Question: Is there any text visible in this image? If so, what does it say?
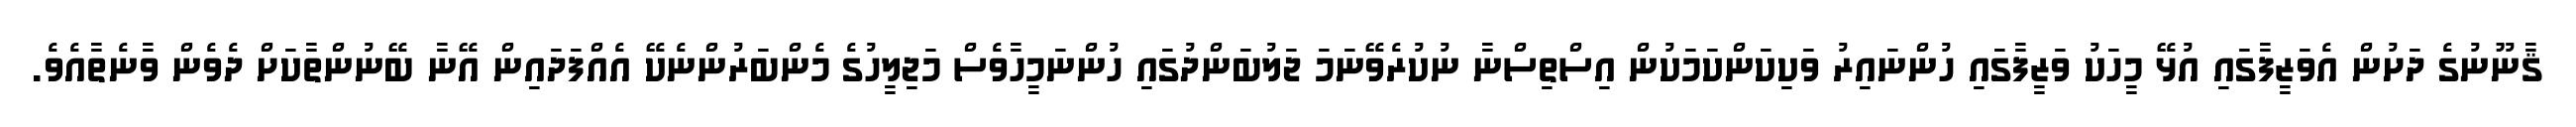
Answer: ޤާނޫނުގެ ދަށުން އެވަޒީފާގައި އުޅޭ މީހަކު ވަޒީފާގައި ހުންނައިރު ވަކިކަންކަމަކުން އިސްތިސްނާ ނުކުރެވޭނަމަ ޖަލުބަންދުގައި ހުންނަމީހާވެސް މަޖިލީހުގެ މެންބަރުންނެކޭ އެއްފަދައިން އޭނާ ބޭނުންތާކަށް ދެވެން ވާނެތާއެވެ.